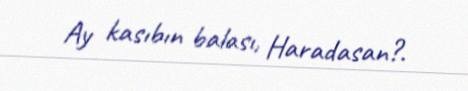
Ay kasıbın balası, Haradasan?.